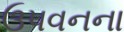
ઉપવનના